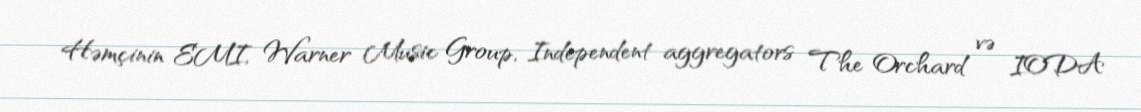
Həmçinin EMI, Warner Music Group, Independent aggregators The Orchard və IODA